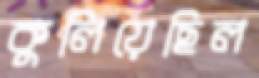
কুলিয়েছিল